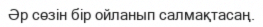
Әр сөзін бір ойланып салмақтасаң.